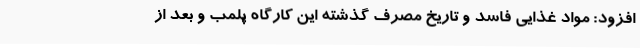
افزود: مواد غذایی فاسد و تاریخ مصرف گذشته این کارگاه پلمب و بعد از